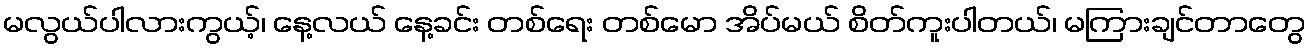
မလွယ်ပါလားကွယ့်၊ နေ့လယ် နေ့ခင်း တစ်ရေး တစ်မော အိပ်မယ် စိတ်ကူးပါတယ်၊ မကြားချင်တာတွေ